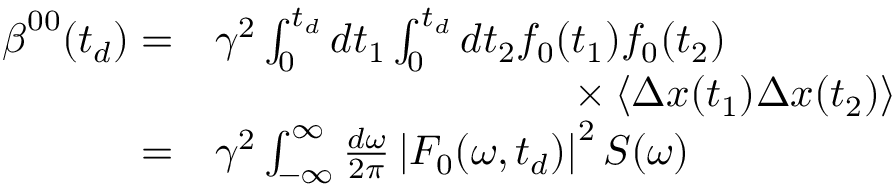
\begin{array} { r l } { \boldsymbol { \beta } ^ { 0 0 } ( t _ { d } ) = } & { \gamma ^ { 2 } \int _ { 0 } ^ { t _ { d } } d t _ { 1 } \int _ { 0 } ^ { t _ { d } } d t _ { 2 } f _ { 0 } ( t _ { 1 } ) f _ { 0 } ( t _ { 2 } ) } \\ & { \hphantom { \gamma ^ { 2 } \int _ { 0 } ^ { t _ { d } } d t _ { 1 } \int _ { 0 } ^ { t _ { d } } d t _ { 2 } f _ { G } } \times \left\langle \Delta \boldsymbol { x } ( t _ { 1 } ) \Delta \boldsymbol { x } ( t _ { 2 } ) \right\rangle } \\ { = } & { \gamma ^ { 2 } \int _ { \mathbb { - \infty } } ^ { \infty } \frac { d \omega } { 2 \pi } \left| F _ { 0 } ( \omega , t _ { d } ) \right| ^ { 2 } \boldsymbol { S } ( \omega ) } \end{array}